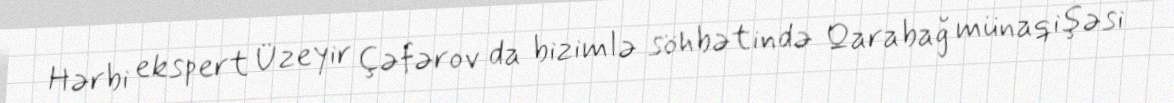
Hərbi ekspert Üzeyir Çəfərov da bizimlə söhbətində Qarabağ münaqişəsi